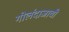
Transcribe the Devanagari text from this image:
गोलंदाजाची